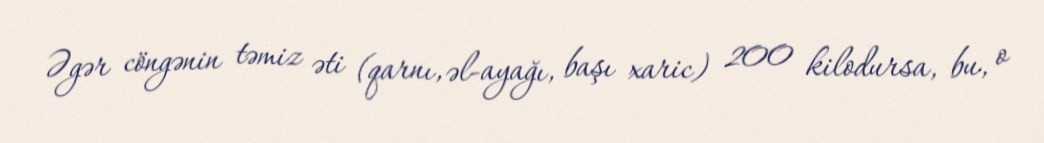
Əgər cöngənin təmiz əti (qarnı, əl-ayağı, başı xaric) 200 kilodursa, bu, o